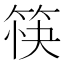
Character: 筷